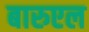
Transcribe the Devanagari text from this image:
बारुएल